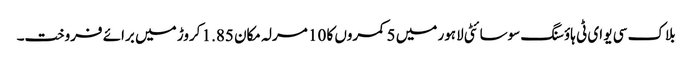
بلاک سی یو ای ٹی ہاؤسنگ سوسائٹی لاہور میں 5 کمروں کا 10 مرلہ مکان 1.85 کروڑ میں برائے فروخت۔